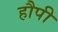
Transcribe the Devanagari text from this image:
हौपी